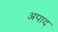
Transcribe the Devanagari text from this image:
अपाद